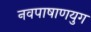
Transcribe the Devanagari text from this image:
नवपाषाणयुग